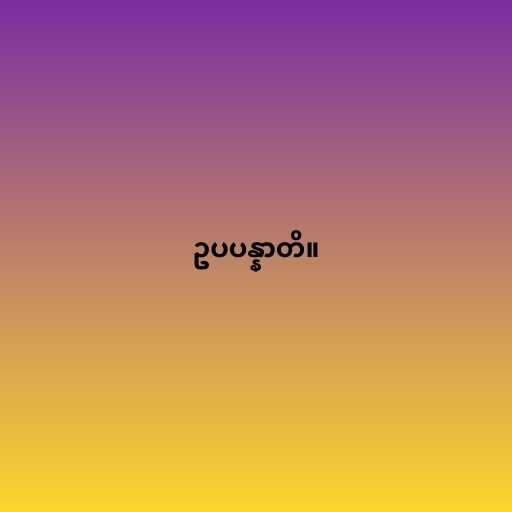
ဥပပန္နာတိ။